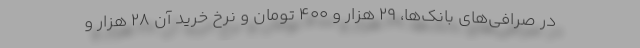
در صرافی‌های بانک‌ها، ۲۹ هزار و ۴۰۰ تومان و نرخ خرید آن ۲۸ هزار و